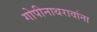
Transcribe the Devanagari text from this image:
गोपीनाथरावांना